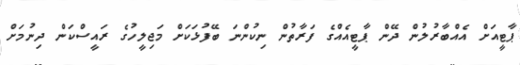
ޕާޓީއަށް އެއްބާރުލުން ދޭން ޕާޓީއެެއްގެ ފަރާތުން ނިކުންނަ ބޭފުޅަަކަށް މަޖިލީހުގެ ރައީސްކަން ދިނުމަށް